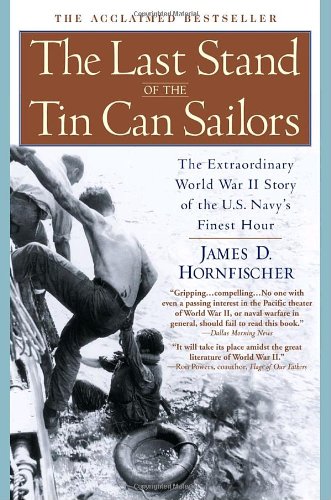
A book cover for The Last Stand of the Tin Can Sailors: The Extraordinary World War II Story of the U.S. Navy's Finest Hour; James D. Hornfischer; History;